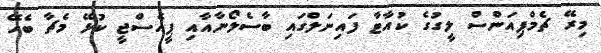
މިރޭ ޗެމްޕިއަންސް ލީގުގެ ކުއާޓާ ފައިނަލްގައި ބާސެލޯނާއާއި ޕީއެސްޖީ ކުޅޭ މެޗާ ބެހޭ